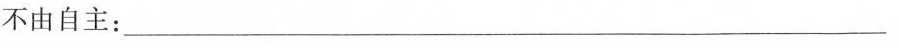
不由自主：___